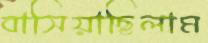
বাসিয়াছিলাম